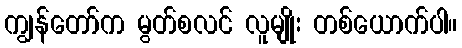
ကျွန်တော်က မွတ်စလင် လူမျိုး တစ်ယောက်ပါ။